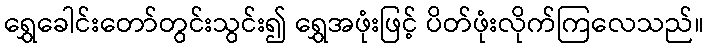
ရွှေခေါင်းတော်တွင်းသွင်း၍ ရွှေအဖုံးဖြင့် ပိတ်ဖုံးလိုက်ကြလေသည်။